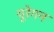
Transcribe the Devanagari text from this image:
यूरेगन